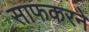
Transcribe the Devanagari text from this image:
साफकरने